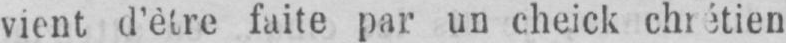
vient d’être faite par un cheick chrétien